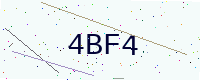
Text: 4BF4